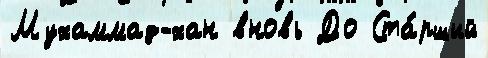
Мухаммад-хан вновь До Ста́рший